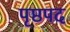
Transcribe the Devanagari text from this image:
पृष्ठपद